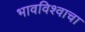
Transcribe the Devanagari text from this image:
भावविश्वाचा